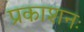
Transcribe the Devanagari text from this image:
प्रकाशनः